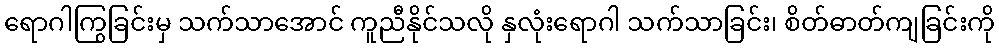
ရောဂါကြွခြင်းမှ သက်သာအောင် ကူညီနိုင်သလို နှလုံးရောဂါ သက်သာခြင်း၊ စိတ်ဓာတ်ကျခြင်းကို